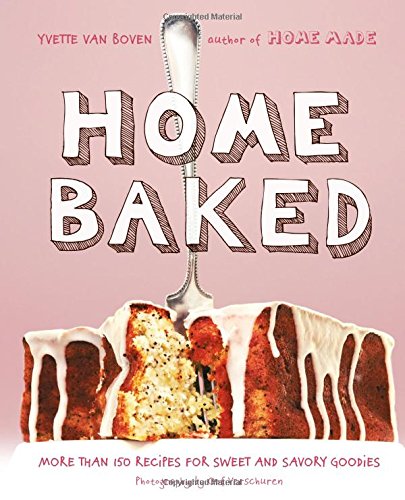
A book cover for Home Baked: More Than 150 Recipes for Sweet and Savory Goodies; Yvette van Boven; Cookbooks, Food & Wine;